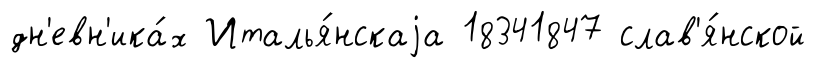
дн'евн'ика́х Италья́нскаjа 18341847 слав'я́нской